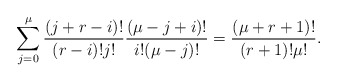
\begin{align*}\sum^\mu_{j=0}\frac{(j+r-i)!}{(r-i)!j!} \frac{(\mu-j+i)!}{i!(\mu-j)!}=\frac{(\mu+r+1)!}{(r+1)!\mu!}.\end{align*}